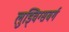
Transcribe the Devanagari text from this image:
लुड्विग्सबर्ग